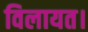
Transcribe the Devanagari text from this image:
विलायत।